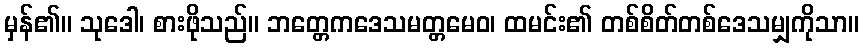
မှန်၏။ သုဒေါ၊ စားဖိုသည်။ ဘတ္တေကဒေသမတ္တမေဝ၊ ထမင်း၏ တစ်စိတ်တစ်ဒေသမျှကိုသာ။